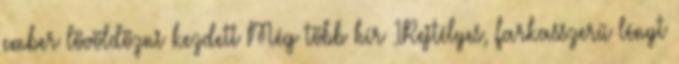
ember lövöldözni kezdett Még több hír 1Rejtélyes, farkasszerű lényt